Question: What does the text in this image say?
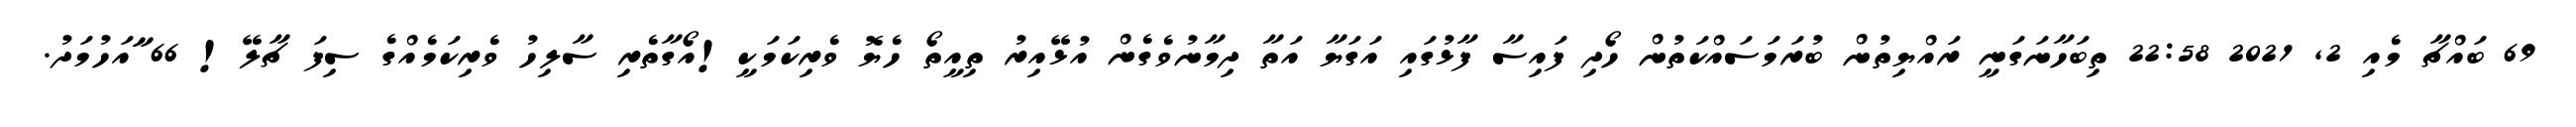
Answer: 69 ބައްޗާ މެއި 2, 2021 22:58 ތިބަހާނަގަނީ ރައްޔިތުން ބުރަމަސައްކަތުން ހޯދި ފައިސާ ފާޅުގައި އަގަޔާ އަތާ ދިމާނުވެގެން އުޅޭއިރު ތިއީތޯ ހެޔޮ ވެރިކަމަކީ!އޯގާތެރި ސާލިހު ވެރިކަމެއްގެ ސިފަ ޗާލޭ! 66 ާައަހުމަދު.